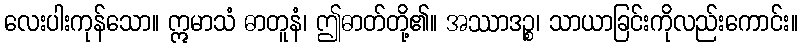
လေးပါးကုန်သော။ ဣမာသံ ဓာတူနံ၊ ဤဓာတ်တို့၏။ အဿာဒဉ္စ၊ သာယာခြင်းကိုလည်းကောင်း။